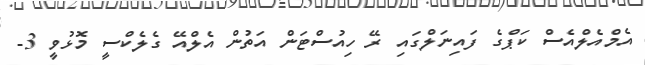
އެމްއެލްއެސް ކަޕްގެ ފައިނަލްގައި ރޭ ހިއުސްޓަން އަތުން އެލްއޭ ގެލެކްސީ މޮޅުވީ 3-